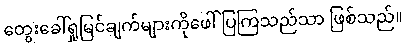
တွေးခေါ်ရှုမြင်ချက်များကိုဖေါ်ပြကြသည်သာ ဖြစ်သည်။